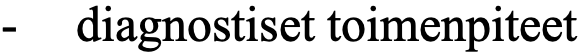
-  diagnostiset toimenpiteet